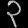
Digit: ၃